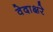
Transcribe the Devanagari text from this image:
वेदाक्षरे